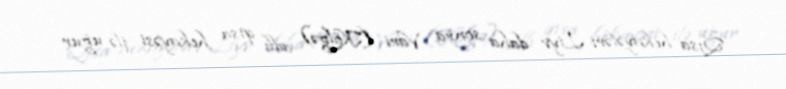
Qısa hekayələri Liyv daha sonra Vari (Kölgə) adlı qısa hekayəsi ilə uğur